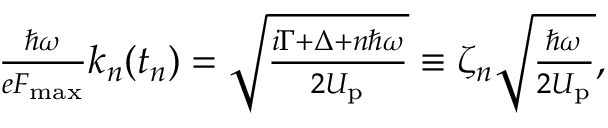
\begin{array} { r } { \frac { \hbar \omega } { e F _ { \mathrm { m a x } } } k _ { n } ( t _ { n } ) = \sqrt { \frac { i \Gamma + \Delta + n \hbar \omega } { 2 U _ { \mathrm { p } } } } \equiv \zeta _ { n } \sqrt { \frac { \hbar \omega } { 2 U _ { \mathrm { p } } } } , } \end{array}